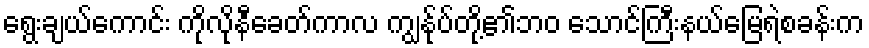
ရွေးချယ်ကောင်း ကိုလိုနီခေတ်ကာလ ကျွနု်ပ်တို့၏ဘ၀ သောင်ကြီးနယ်မြေရဲစခန်းက